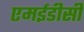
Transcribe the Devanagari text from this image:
एमईडीसी